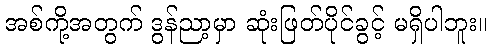
အစ်ကို့အတွက် ဒွန်ညာ့မှာ ဆုံးဖြတ်ပိုင်ခွင့် မရှိပါဘူး။